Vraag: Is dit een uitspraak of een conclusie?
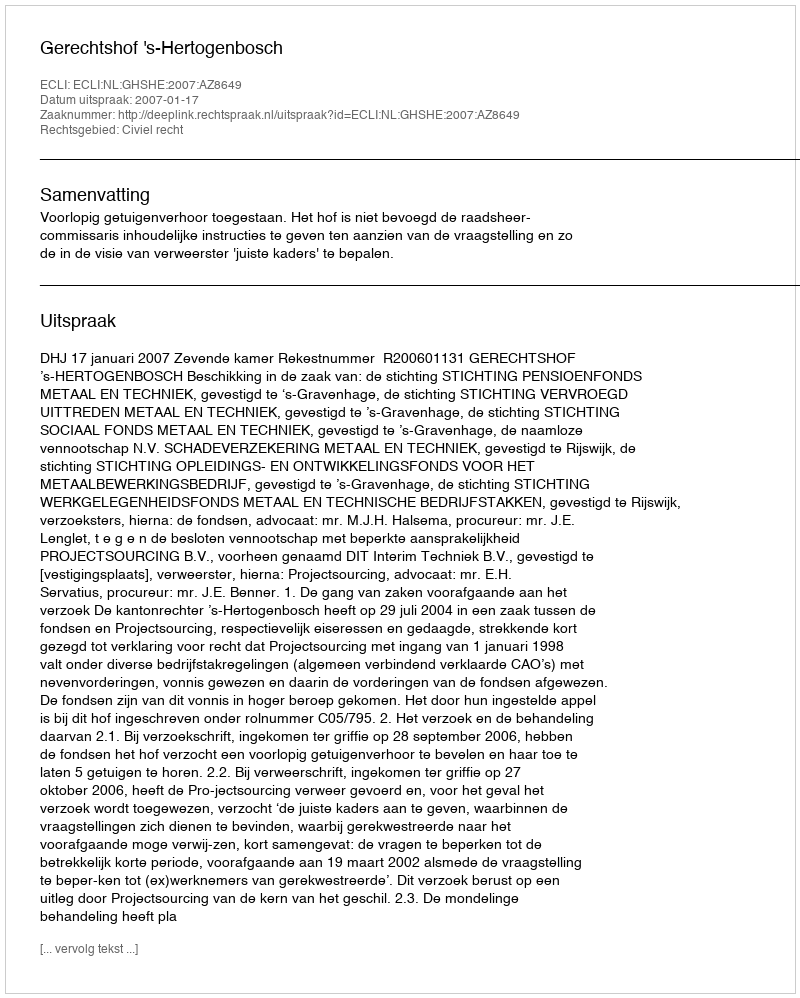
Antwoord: Uitspraak